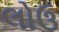
લોઉ